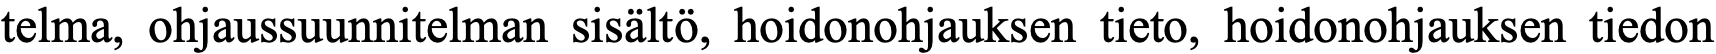
telma, ohjaussuunnitelman sisältö, hoidonohjauksen tieto, hoidonohjauksen tiedon